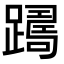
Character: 𨅡